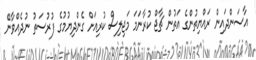
އާސަންދައިން ރައްޔިތުންގެ އަތުން ޗާޖް ކުރާނަމަ މަޖިލިސް ކުރިއަށް ގެންދިޔުމުގެ ފުރުސަތު ނުދެއްވާނޭ